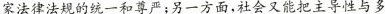
家法律法规的统一和尊严:另一方面，社会又能把主导性与多